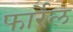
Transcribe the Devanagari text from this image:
फार्रेल